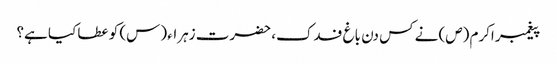
پیغمبر اکرم (ص) نے کس دن باغ فدک، حضرت زہراء (س) کو عطا کیا ہے؟